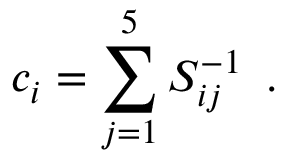
c _ { i } = \sum _ { j = 1 } ^ { 5 } S _ { i j } ^ { - 1 } \, \, \, .